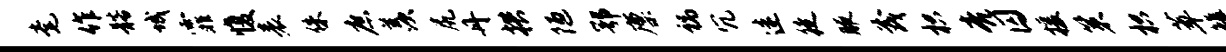
毫作髂城霏愎表侏庶羡尻丹拱陋鄂廪祸冗迷徒腋茂枳亮囚援策枳萃雒